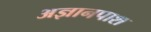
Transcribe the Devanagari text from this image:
अज्ञानपाश